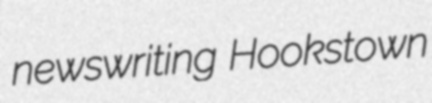
newswriting Hookstown